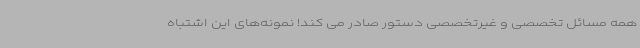
همه مسائل تخصصی و غیرتخصصی دستور صادر می کند! نمونه‌های این اشتباه